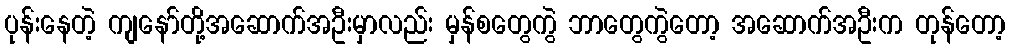
ပုန်းနေတဲ့ ကျနော်တို့အဆောက်အဦးမှာလည်း မှန်စတွေကွဲ ဘာတွေကွဲတော့ အဆောက်အဦးက တုန်တော့